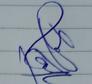
Signature authenticity: genuine